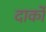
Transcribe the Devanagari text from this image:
दार्को